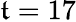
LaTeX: \mathfrak{t}=17